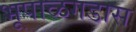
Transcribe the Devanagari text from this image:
भूपाळगडास